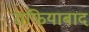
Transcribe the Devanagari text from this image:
राफियाबाद